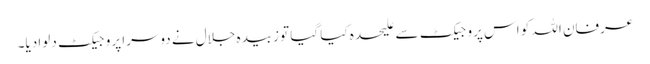
عرفان اللہ کو اس پروجیکٹ سے علیحدہ کیا گیا تو زبیدہ جلال نے دوسرا پروجیکٹ دلوا دیا۔